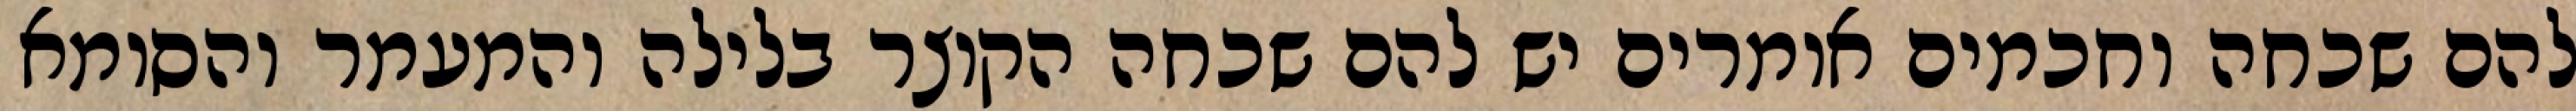
להם שכחה וחכמים אומרים יש להם שכחה הקוצר בלילה והמעמר והסומא